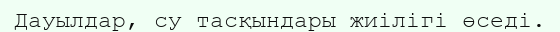
Дауылдар, су тасқындары жиілігі өседі.